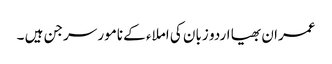
عمران بھیا اردو زبان کی املاء کے نامور سرجن ہیں ۔